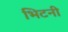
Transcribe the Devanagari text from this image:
भिटनी